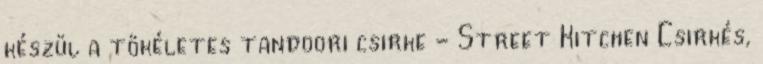
készül a tökéletes tandoori csirke - Street Kitchen Csirkés,